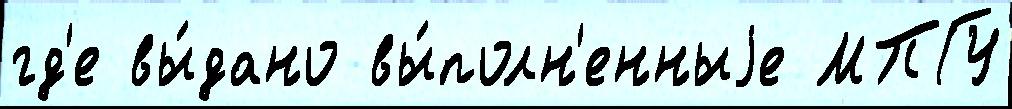
гд'е вы́дано вы́полн'енныjе МПГУ